Report of an investigation of the epidemic of malarial fever in Assam, or, kala-azar
Disease focus: Malaria
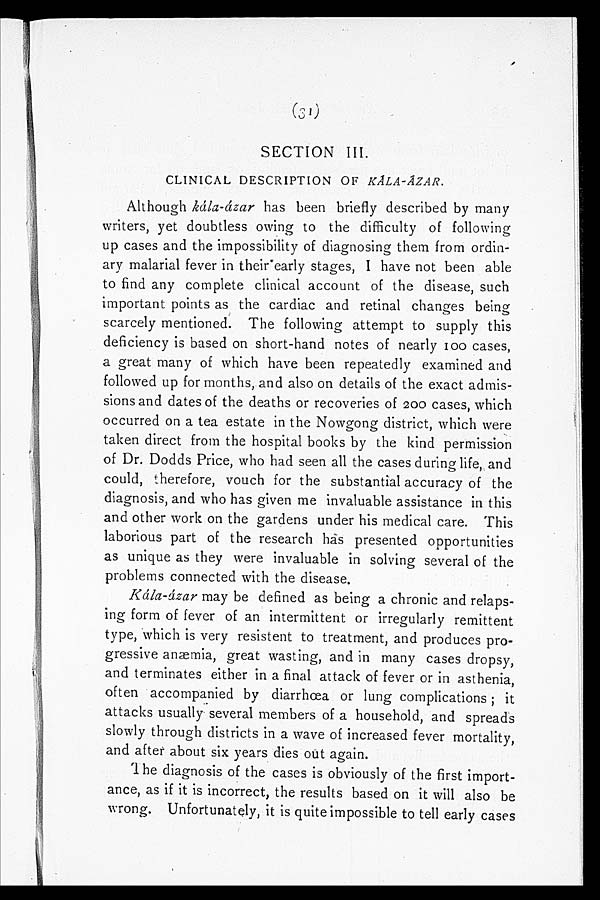
(31)
SECTION III.
CLINICAL DESCRIPTION OF KÁLA-ÁZAR.
Although kála-ázar has been briefly described by many
writers, yet doubtless owing to the difficulty of following
up cases and the impossibility of diagnosing them from ordin
-ary malarial fever in their early stages, I have not been able
to find any complete clinical account of the disease, such
important points as the cardiac and retinal changes being
scarcely mentioned. The following attempt to supply this
deficiency is based on short-hand notes of nearly 100 cases,
a great many of which have been repeatedly examined and
followed up for months, and also on details of the exact admis
-sions and dates of the deaths or recoveries of 200 cases, which
occurred on a tea estate in the Nowgong district, which were
taken direct from the hospital books by the kind permission
of Dr. Dodds Price, who had seen all the cases during life, and
could, therefore, vouch for the substantial accuracy of the
diagnosis, and who has given me invaluable assistance in this
and other work on the gardens under his medical care. This
laborious part of the research has presented opportunities
as unique as they were invaluable in solving several of the
problems connected with the disease.
Kála-ázar may be defined as being a chronic and relaps
-ing form of fever of an intermittent or irregularly remittent
type, which is very resistent to treatment, and produces pro
-gressive anæmia, great wasting, and in many cases dropsy,
and terminates either in a final attack of fever or in asthenia,
often accompanied by diarrhœa or lung complications; it
attacks usually several members of a household, and spreads
slowly through districts in a wave of increased fever mortality,
and after about six years dies out again.
The diagnosis of the cases is obviously of the first import
-ance, as if it is incorrect, the results based on it will also be
wrong. Unfortunately, it is quite impossible to tell early cases